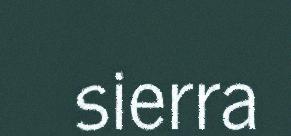
sierra